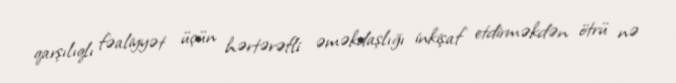
qarşılıqlı fəaliyyət üçün hərtərəfli əməkdaşlığı inkişaf etdirməkdən ötrü nə